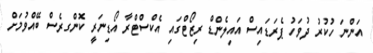
އަންނަ ހުކުރު ދުވަހު ޕެރަޑައިސް އައިލެންޑް ރިޒޯޓްގައި އެކްސްޓްރާ އޯޑިނަރީ ކޮންގރެސް ބޭއްވުމަށް